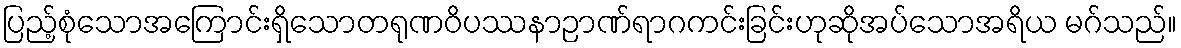
ပြည့်စုံသောအကြောင်းရှိသောတရုဏဝိပဿနာဉာဏ်ရာဂကင်းခြင်းဟုဆိုအပ်သောအရိယ မဂ်သည်။